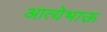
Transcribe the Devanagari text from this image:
आत्येभाऊ